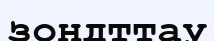
зондттау